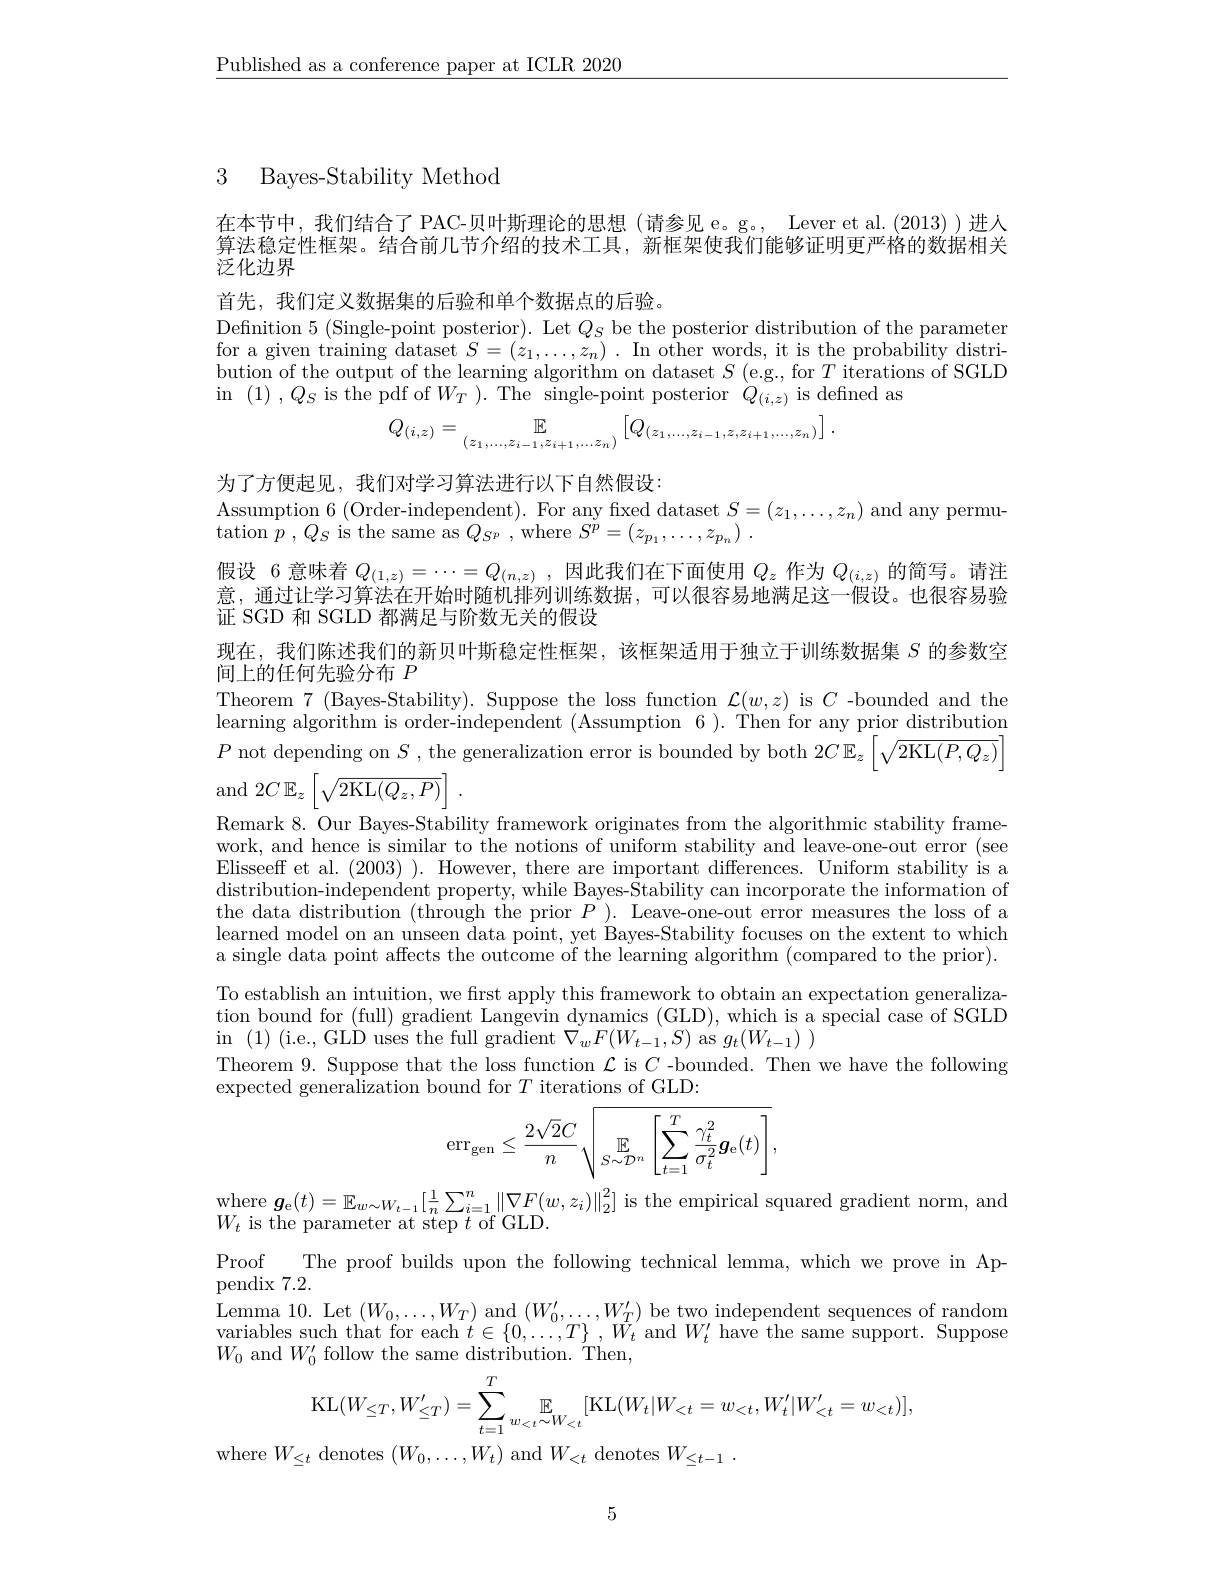
$\underline{\text{Published as a conference paper at ICLR 2020}}$

## 3 Bayes-Stability Method

在本节中，我们结合了PAC-贝叶斯理论的思想(请参见 e。g。, Lever et al.(2013))进人算法稳定性框架。结合前几节介绍的技术工具，新框架使我们能够证明更严格的数据相关泛化边界

首先，我们定义数据集的后验和单个数据点的后验。
Definition 5 (Single-point posterior). Let $Q_S$ be the posterior distribution of the parameter for a given training dataset $S=(z_1,\ldots,z_n).$ In other words, it is the probability distribution of the output of the learning algorithm on dataset $S$ ( e. g. , for $T$ iterations of SGLD in (1) , $Q_S$ is the pdf of $W_T$ ). The single-point posterior $Q_{(i,z)}$ is defined as
$$Q_{(i,z)}=\mathbb{E}_{(z_1,...,z_{i-1},z_{i+1},...z_n)}\left[Q_{(z_1,...,z_{i-1},z,z_{i+1},...,z_n)}\right].$$
为了方便起见，我们对学习算法进行以下自然假设：
$\begin{array}{c}\text{Assumption 6 (Order-independent). For any fixed dataset }S=(z_1,\ldots,z_n)\end{array}$and any permu-
$\operatorname { tation} p$ $, Q_{S}$ is the same as $Q_{S^{p}}$ ,where $S^p= ( z_{p_{1}}, \ldots , z_{p_{n}})$ .

假设 6 意味着$Q_(1,z)=\cdots=Q_{(n,z)}$ ,因此我们在下面使用$Q_z$作为$Q_(i,z)$的简写。请注意，通过让学习算法在开始时随机排列训练数据，可以很容易地满足这一假设。也很容易验证 SGD 和 SGLD 都满足与阶数无关的假设

现在，我们陈述我们的新贝叶斯稳定性框架，该框架适用于独立于训练数据集$S$的参数空
间上的任何先验分布$P$

Theorem 7 (Bayes-Stability). Suppose the loss function $\mathcal{L}(w,z)$ is $C$ -bounded and the learning algorithm is order-independent (Assumption 6 ). Then for any prior distribution $P$ not depending on $S$, the generalization error is bounded by both $2C\mathbb{E}_z\left[\sqrt{2\mathrm{KL}(P,Q_z)}\right]$ and $2C$ $\mathbb{E} _z\left [ \sqrt {2\mathrm{KL}( Q_z, P) }\right ]$
Remark 8. Our Bayes-Stability framework originates from the algorithmic stability framework, and hence is similar to the notions of uniform stability and leave-one-out error (see Elisseeff et al. (2003) ). However, there are important differences. Uniform stability is a distribution-independent property, while Bayes-Stability can incorporate the information of the data distribution (through the prior $P_{\mathrm{~}}$ Leave-one-out error measures the loss of a learned model on an unseen data point, yet Bayes-Stability focuses on the extent to which a single data point affects the outcome of the learning algorithm (compared to the prior). To establish an intuition, we first apply this framework to obtain an expectation generalization bound for (full) gradient Langevin dynamics (GLD), which is a special case of SGLD in$\pmod{(1)}$(i.e., GLD uses the full gradient $\nabla_wF(W_{t-1},S)$ as $g_t(W_{t-1})$
Theorem 9. Suppose that the loss function $\mathcal{L}$ is $C$ -bounded. Then we have the following
expected generalization bound for $T$ iterations of GLD:
$$\mathrm{err}_{\mathrm{gen}}\leq\frac{2\sqrt{2}C}{n}\sqrt{\mathbb{E}_{S\sim\mathcal{D}^{n}}\left[\sum_{t=1}^{T}\frac{\gamma_{t}^{2}}{\sigma_{t}^{2}}g_{\mathrm{e}}(t)\right]},$$
$\begin{array}{l}\mathrm{where~}\boldsymbol{g}_{\mathrm{e}}(t)=\mathbb{E}_{w\sim W_{t-1}}[\frac{1}{n}\sum_{i=1}^{n}\|\nabla F(w,z_{i})\|_{2}^{2}]\\\mathrm{is~the~empirical~squared~gradient~norm,~and}\\\end{array}$
$W_{t}$ is the parameter at step $t$ of GLD
Proof The proof builds upon the following technical lemma, which we prove in Ap-
pendix 7.2.
Lemma 10. Let $(W_{0},\ldots,W_{T})$ and $(W_{0}^{\prime},\ldots,W_{T}^{\prime})$ be two independent sequences of random variables such that for each $t\in \{ 0, \ldots , T\}$ , $\vec{W} _{t}$ and $W_{t}^{\prime}$ have the same support. Suppose $W_{0}$ and $W_0^\prime$ follow the same distribution. Then,
$$\mathrm{KL}(W_{\le T},W_{\le T}')=\sum\limits_{t=1}^T\mathbb{E}\limits_{w_{<t}\sim W_{<t}}[\mathrm{KL}(W_t|W_{<t}=w_{<t},W_t'|W_{<t}'=w_{<t})],$$
where $W_\leq t$ denotes $(W_0,\ldots,W_t)$ and $W_<t$ denotes $W_\leq t-1.$

5